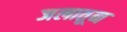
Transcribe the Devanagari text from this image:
जलातून